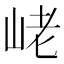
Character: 峔